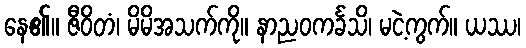
နေ၏။ ဇီဝိတံ၊ မိမိအသက်ကို။ နာညဝကင်္ခသိ၊ မငဲ့ကွက်။ ယဿ၊